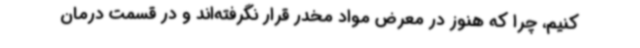
کنیم، چرا که هنوز در معرض مواد مخدر قرار نگرفته‌اند و در قسمت درمان